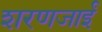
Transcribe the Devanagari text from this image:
शरणजाईं